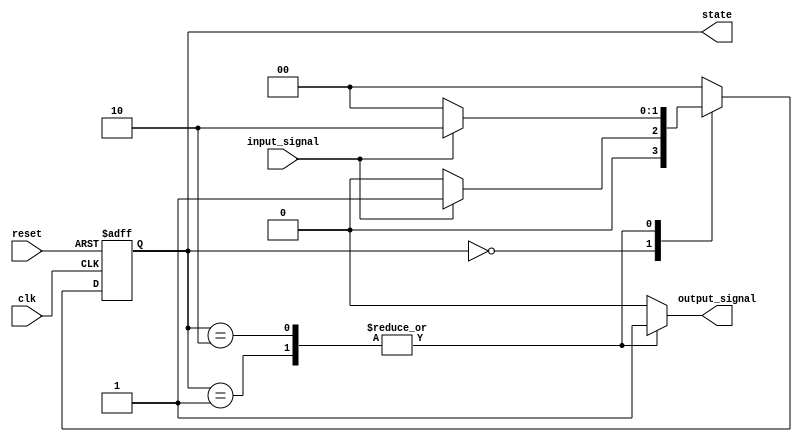
module moore_fsm (
    input wire clk,             // Clock input
    input wire reset,           // Reset input
    input wire input_signal,    // Input signal that affects state transitions
    output reg [1:0] state,     // Current state of the FSM
    output reg output_signal     // Output signal based on current state
);

// State encoding
parameter IDLE   = 2'b00;
parameter STATE1 = 2'b01;
parameter STATE2 = 2'b10;

// State register
reg [1:0] current_state, next_state;

// State transition logic (combination logic)
always @(*) begin
    case (current_state)
        IDLE: begin
            if (input_signal) 
                next_state = STATE1; // Transition to STATE1
            else
                next_state = IDLE;   // Remain in IDLE
        end
        
        STATE1: begin
            if (input_signal) 
                next_state = STATE2; // Transition to STATE2
            else
                next_state = IDLE;   // Transition back to IDLE
        end
        
        STATE2: begin
            if (input_signal) 
                next_state = STATE2; // Stay in STATE2
            else
                next_state = IDLE;   // Transition back to IDLE
        end
        
        default: begin
            next_state = IDLE; // Default to IDLE state
        end
    endcase
end

// Output logic (based on current state)
always @(*) begin
    case (current_state)
        IDLE: 
            output_signal = 1'b0; // Output for IDLE state
        STATE1: 
            output_signal = 1'b1; // Output for STATE1
        STATE2: 
            output_signal = 1'b1; // Output for STATE2
        default: 
            output_signal = 1'b0; // Default output (for safety)
    endcase
end

// Sequential logic (state update on clock edge)
always @(posedge clk or posedge reset) begin
    if (reset) 
        current_state <= IDLE; // Reset to IDLE state
    else 
        current_state <= next_state; // Update to next state
end

// Assign current_state to output state
assign state = current_state;

endmodule